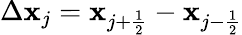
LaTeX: \Delta\mathbf{x}_{j}=\mathbf{x}_{{j+\frac{{1}}{{2}}}}-\mathbf{x}_{{j-\frac{{1}}{{2}}}}